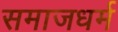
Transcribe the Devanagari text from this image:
समाजधर्म